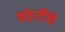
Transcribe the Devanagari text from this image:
संहतींचे